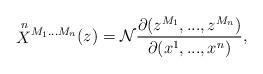
LaTeX: \begin{align*}\mbox{$\stackrel{n}{X}$$^{M_1...M_n}(z) ={\cal N}$} \frac{\partial(z^{M_1},...,z^{M_n})}{\partial(x^1,...,x^n)},\end{align*}